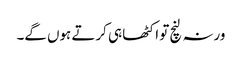
ورنہ لنچ تو اکٹھا ہی کرتے ہوں گے۔